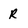
Character: R